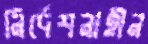
নির্দেশনাহীন